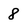
Character: 8